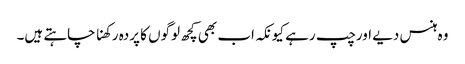
وہ ہنس دیے اورچپ رہے کیونکہ اب بھی کچھ لوگوں کا پردہ رکھنا چاہتے ہیں۔